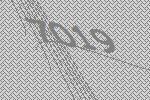
7019